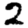
Digit: 2